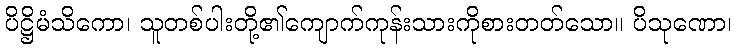
ပိဋ္ဌိမံသိကော၊ သူတစ်ပါးတို့၏ကျောက်ကုန်းသားကိုစားတတ်သော။ ပိသုဏော၊